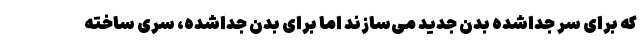
که برای سر جداشده بدن جدید می‌سازند اما برای بدن جداشده، سری ساخته